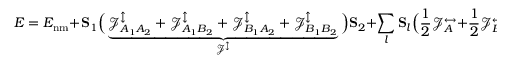
E = E _ { \mathrm { n m } } + { \bf S } _ { 1 } \Big ( \underbrace { \mathcal { J } _ { A _ { 1 } A _ { 2 } } ^ { \updownarrow } + \mathcal { J } _ { A _ { 1 } B _ { 2 } } ^ { \updownarrow } + \mathcal { J } _ { B _ { 1 } A _ { 2 } } ^ { \updownarrow } + \mathcal { J } _ { B _ { 1 } B _ { 2 } } ^ { \updownarrow } } _ { \mathcal { J } ^ { \updownarrow } } \Big ) { \bf S } _ { 2 } + \sum _ { l } { \bf S } _ { l } \Big ( \frac { 1 } { 2 } \mathcal { J } _ { A } ^ { \leftrightarrow } + \frac { 1 } { 2 } \mathcal { J } _ { B } ^ { \leftrightarrow } + 2 \mathcal { A } \Big ) { \bf S } _ { l } ,